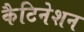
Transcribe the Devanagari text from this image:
कैटिनेशन